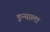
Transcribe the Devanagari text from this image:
इन्याला